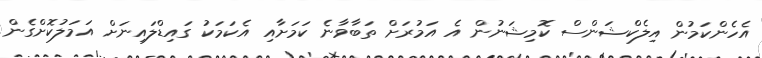
އެހެންކަމުން އިލެކްޝަންސް ކޮމިޝަނުން އެ އަމުރަށް ތަބާވާނެ ކަމަށާއި އެކަމަކު ގައިޑްލައިނަށް އަމަލުކޮށްގެން